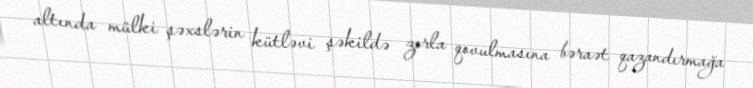
altında mülki şəxslərin kütləvi şəkildə zorla qovulmasına bəraət qazandırmağa